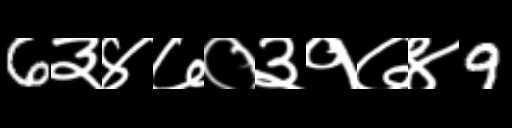
Text: 6३४७०३१७४9